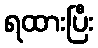
ရထားပြီး